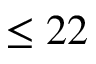
\leq 2 2